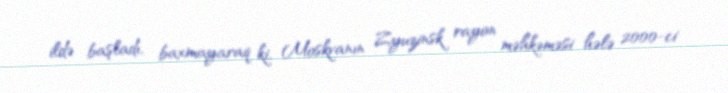
ildə başladı, baxmayaraq ki, Moskvanın Zyuzinsk rayon məhkəməsi hələ 2000-ci